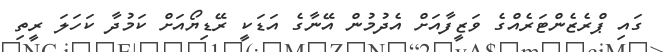
ގައި ޕްރެޒެންޓަރެއްގެ ވަޒީފާއަށް އެދުމުން އޭނާގެ އަޑަކީ ރޭޑިޔޯއަށް ކަމުދާ ކަހަލަ ރީތި